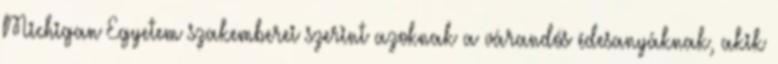
Michigan Egyetem szakemberei szerint azoknak a várandós édesanyáknak, akik